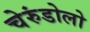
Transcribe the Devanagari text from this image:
चेरुंडोलो